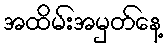
အထိမ်းအမှတ်နေ့